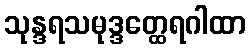
သုန္ဒရသမုဒ္ဒတ္ထေရဂါထာ